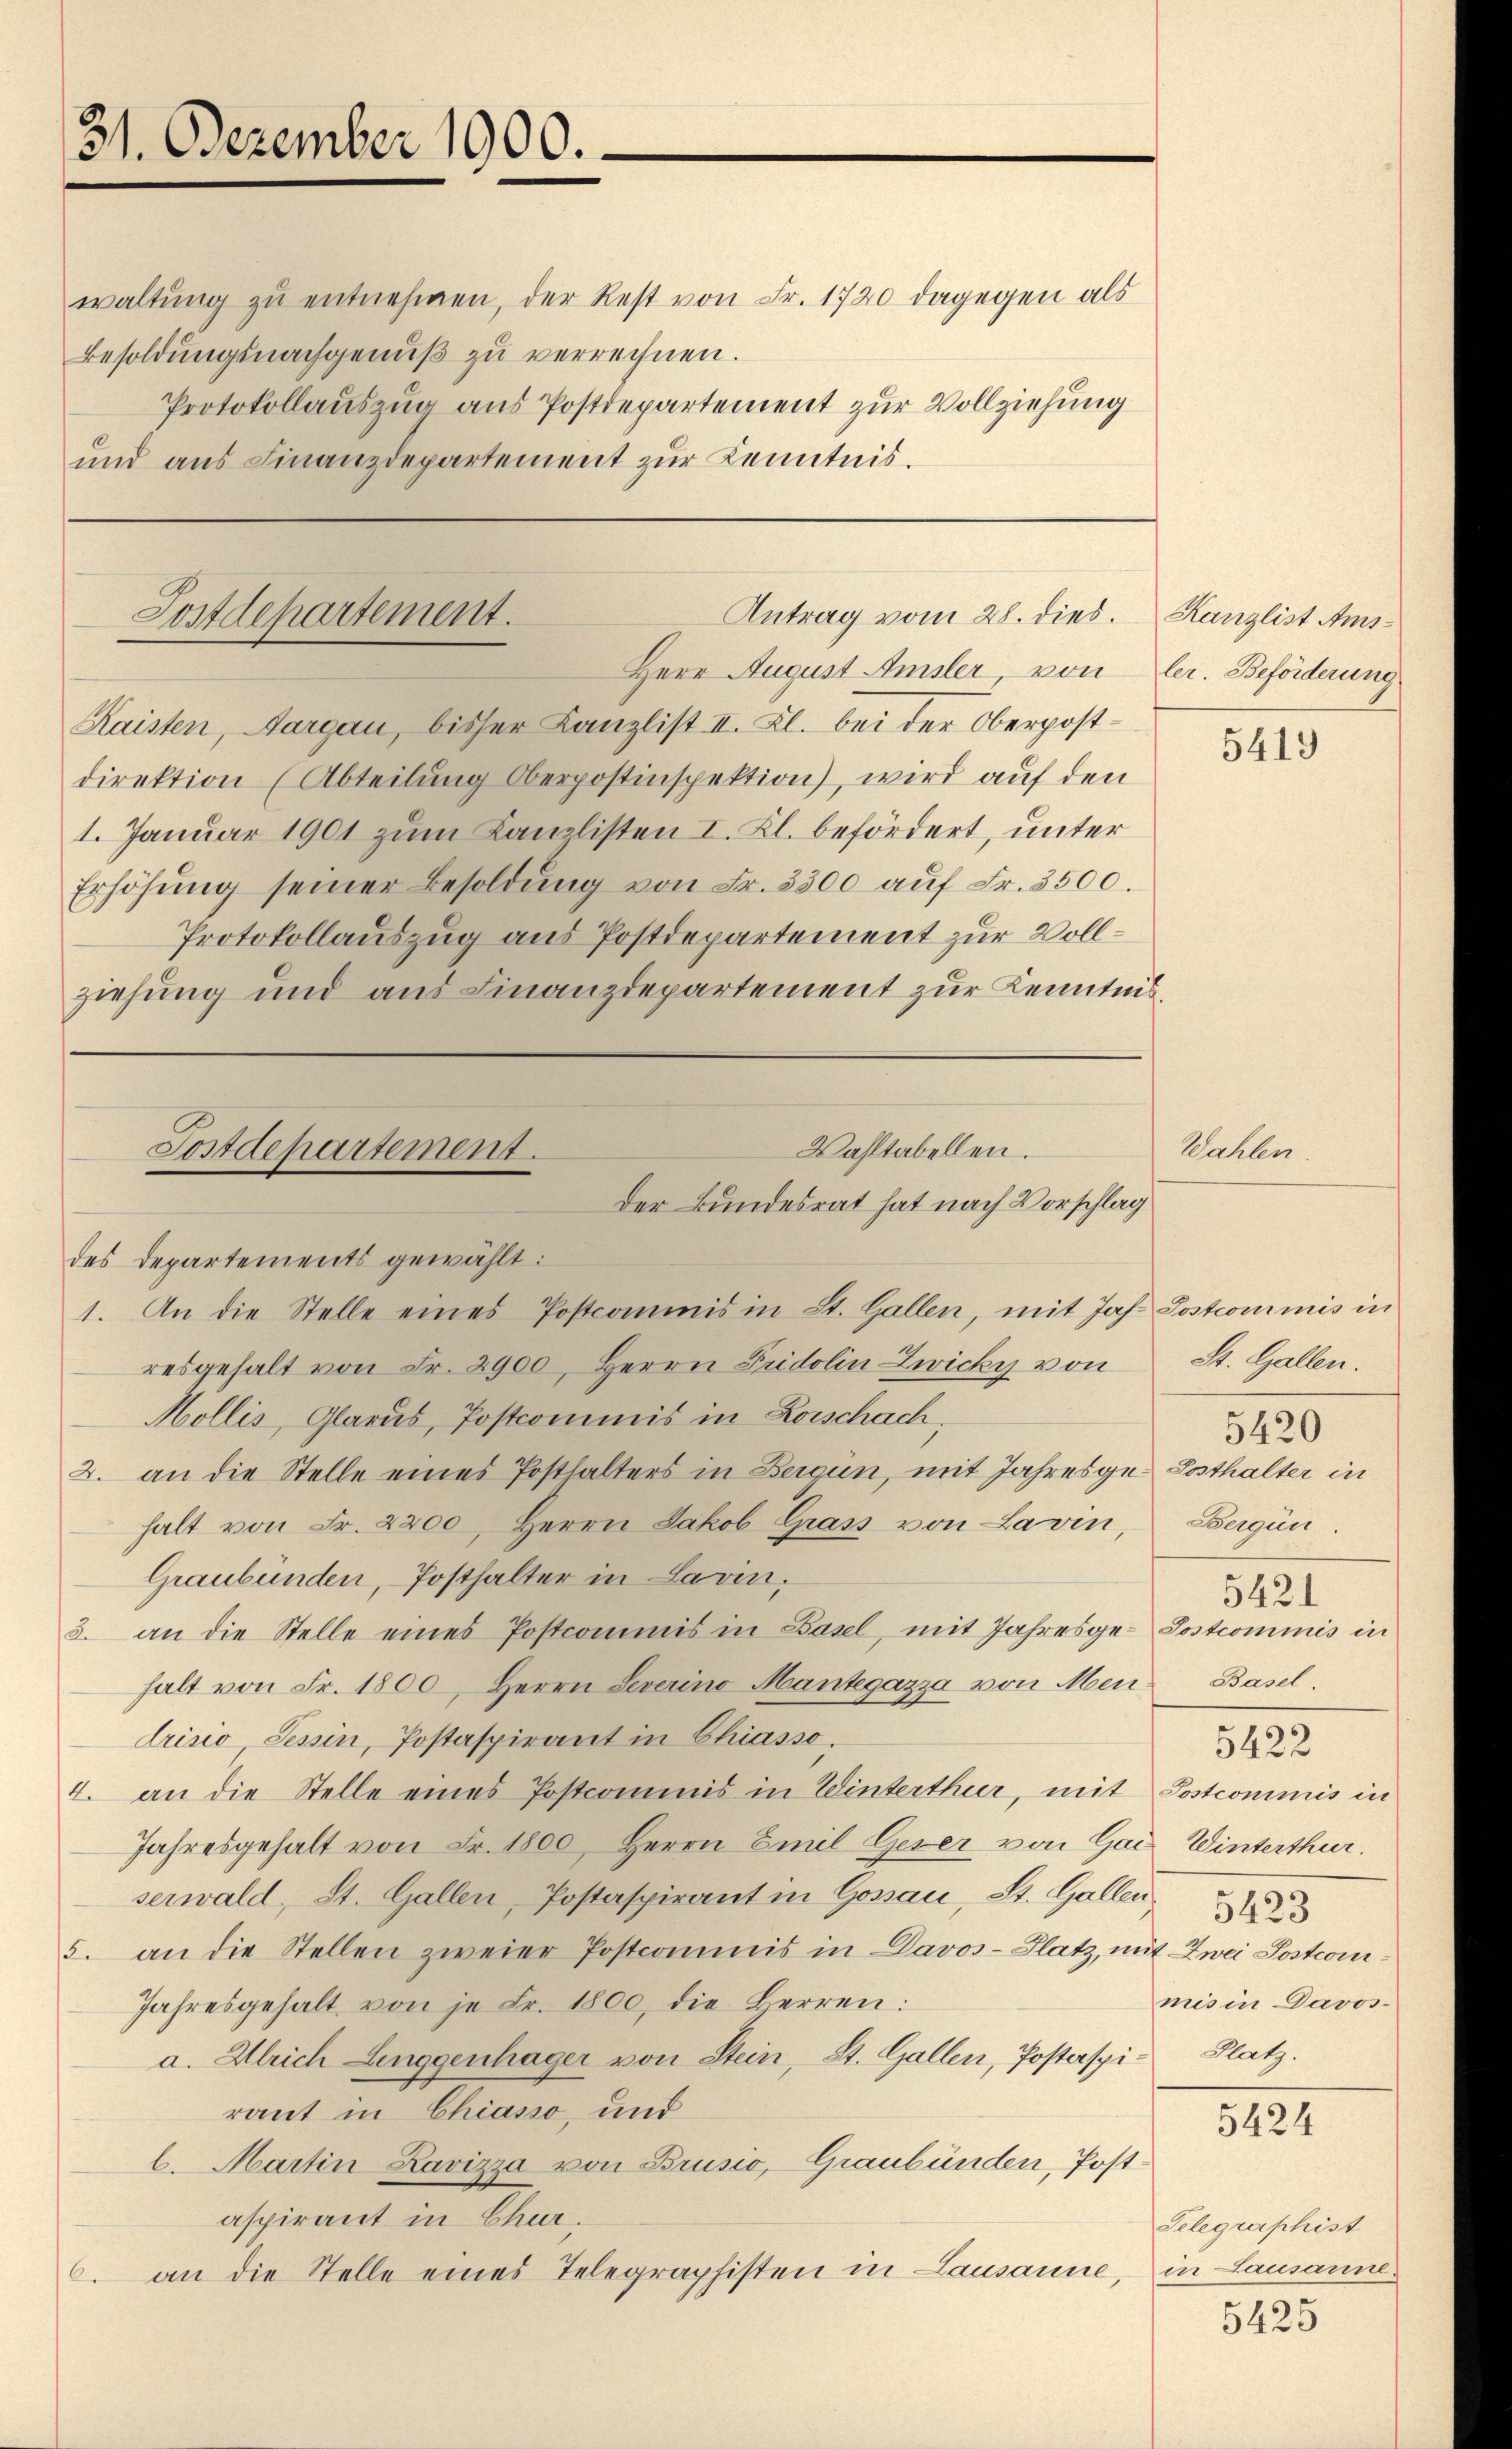
31. Dezember 1900.

waltŭng zŭ entnehmen, der Rest von Fr. 1720 dagegen als
Besoldungsnachgenuß zu verrechnen.
Protokollauszug aus Postdepartement zur Vollziehung
und aus Finanzdepartement zur Kenntnis.

Antrag vom 28. dies.
Postdepartement.
Herr August Amsler, von ler. Beförderung

Kaisten, Aargau, bisher Kanzlist II. Kl. bei der Oberpostdirektion (Abteilung Oberpostinspektion), wird auf den
1. Januar 1901 zum Kanzlisten I. Kl. befördert, unter
Erhöhŭng seiner Besoldŭng von Fr. 3500 aŭf Fr. 3500.
Protokollauszug aus Postdepartement zur Vollziehung und aus Finanzdepartement zur Kenntnis¬

Wahltabellen.
Postdepartement.
Der Bundesrat hat nach Vorschlag
des Departements gewählt:
1. An die Stelle eines Postcommis in St. Gallen, mit Jahr Postcommis in

resgehalt von Fr. 2900, Herrn Fridolin Zwicky von
Mollis, Glarus, Postcommis in Loischach,
2. an die Stelle eines Posthalters in Bergün, mit Jahresge Posthalter in
halt von Fr. 2200, Herrn Jakob Grass von Lavin
Graubünden, Posthalter in Lavin,
3. an die Stelle eines Postcommis in Basel, mit Jahresge-Postcommis in
halt von Fr. 1800, Herrn Severino Mantegazza von Men-Basel.
trisio Tessin, Postaspirant in Chiasso,
4. an die Stelle eines Postcommis in Winterthur, mit Postcommis in
Jahresgehalt von Fr. 1800. Herrn Emil Geser von Gai
serwald, St. Gallen, Postaspirant in Gossau, St. Gallen,
5. an die Stellen zweier Postcommis in Davos- Platz, mit Zwei Postcom¬
Jahresgehalt von je Fr. 1800, die Berren:
a. Ulrich Leuggenhäger von Stein, St. Gallen, Postaspiraut in Chiasso, und
l. Martin Lavizza von Brusio, Graubünden, Postaspirant in Chur,
6. an die Stelle eines Telegraphisten in Lausanne, in Lausanne¬

Kanzlist Ams¬

Wahlen

5419

St. Gallen.
5420
Bergün
5421

5422
Winterthur.
5423
mis in Davos¬
Platz.

5424

Telegraphist

5425